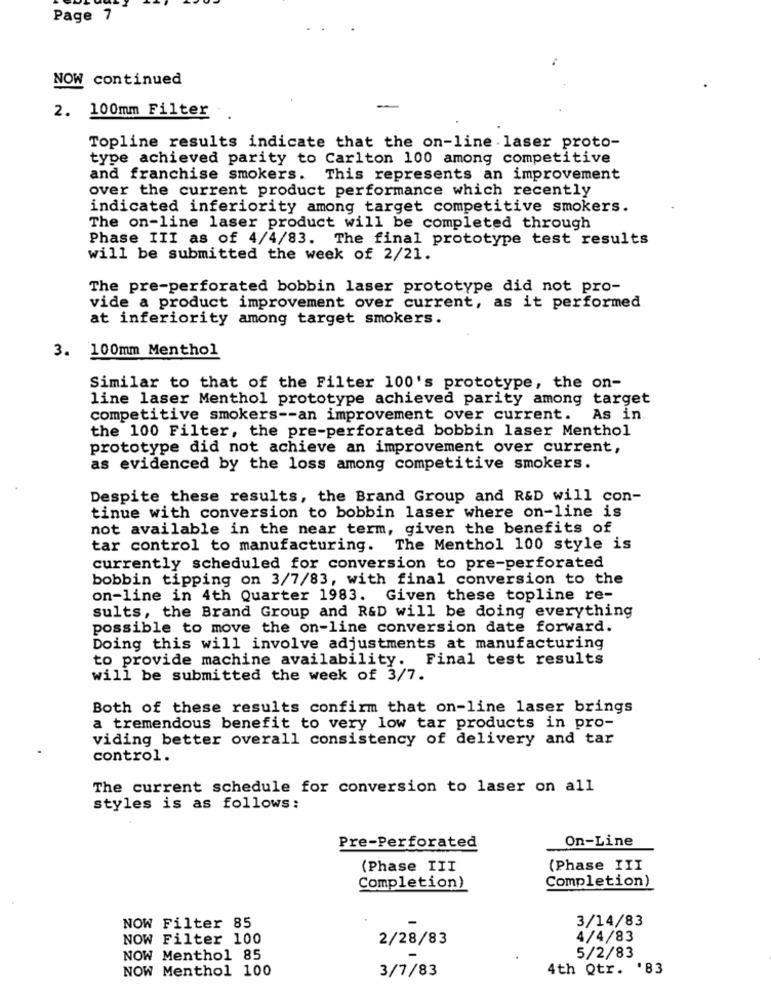
Page 7
NOW continued
2. 100mm Filter
Topline results indicate that the on-line laser proto-
type achieved parity to Carlton 100 among competitive
and franchise smokers.
This represents an improvement
over the current product performance which recently
indicated inferiority among target competitive smokers.
The on-line laser product will be completed through
Phase III as of 4/4/83. The final prototype test results
will be submitted the week of 2/21.
The pre-perforated bobbin laser prototype did not pro-
vide a product improvement over current, as it performed
at inferiority among target smokers.
3. 100mm Menthol
Similar to that of the Filter 100's prototype, the on-
line laser Menthol prototype achieved parity among target
competitive smokers -- an improvement over current. As in.
the 100 Filter, the pre-perforated bobbin laser Menthol
prototype did not achieve an improvement over current,
as evidenced by the loss among competitive smokers.
Despite these results, the Brand Group and R&D will con-
tinue with conversion to bobbin laser where on-line is
not available in the near term, given the benefits of
tar control to manufacturing. The Menthol 100 style is
currently scheduled for conversion to pre-perforated
bobbin tipping on 3/7/83, with final conversion to the
on-line in 4th Quarter 1983. Given these topline re-
sults, the Brand Group and R&D will be doing everything
possible to move the on-line conversion date forward.
Doing this will involve adjustments at manufacturing
to provide machine availability. Final test results
will be submitted the week of 3/7.
Both of these results confirm that on-line laser brings
a tremendous benefit to very low tar products in pro-
viding better overall consistency of delivery and tar
control.
The current schedule for conversion to laser on all
styles is as follows:
On-Line
Pre-Perforated
(Phase III
(Phase III
Completion)
Completion)
NOW Filter 85
3/14/83
NOW Filter 100
2/28/83
4/4/83
NOW Menthol 85
5/2/83
NOW Menthol 100
3/7/83
4th Qtr. '83